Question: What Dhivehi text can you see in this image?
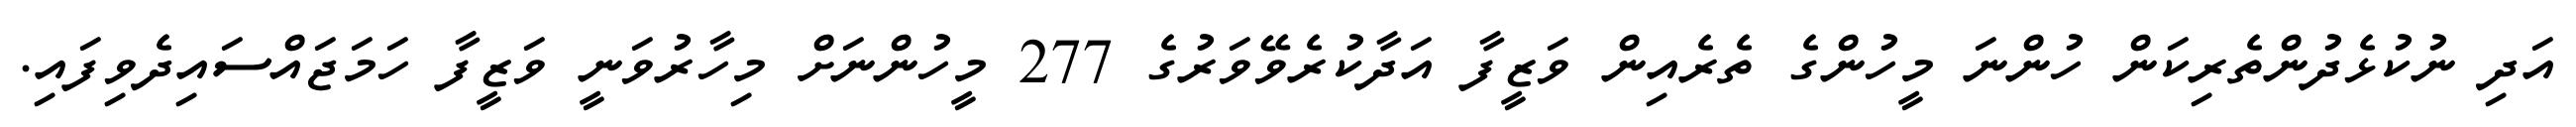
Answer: އަދި ނުކުޅެދުންތެރިކަން ހުންނަ މީހުންގެ ތެރެއިން ވަޒީފާ އަދާކުރެވޭވަރުގެ 277 މީހުންނަށް މިހާރުވަނީ ވަޒީފާ ހަމަޖައްސައިދެވިފައި.